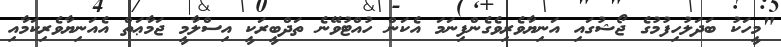
"މީހަކު ބަދަލުހިފުމުގެ ޖޯޝުގައި އަނިޔާވެރިވެގެންފިނަމަ އެކަން ހުއްޓުވޭނެ ތަދްބީރަކީ އިސްލާމީ ޖަމާޢަތް އެއަނިޔާވެރިކަމާއި